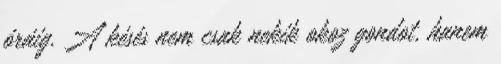
óráig. A késés nem csak nekik okoz gondot, hanem